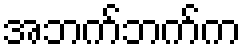
အဘက်ဘက်က